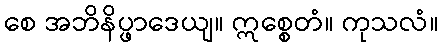
စေ အဘိနိပ္ဖာဒေယျ။ ဣစ္စေတံ။ ကုသလံ။